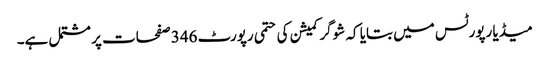
میڈیا رپورٹس میں بتایا کہ شوگر کمیشن کی حتمی رپورٹ 346 صفحات پر مشتمل ہے۔